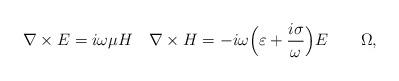
LaTeX: \begin{align*} \nabla \times E = i \omega \mu H\quad \nabla \times H = -i \omega \Big(\varepsilon + \frac{i \sigma}{\omega}\Big) E \quad\quad\Omega ,\end{align*}